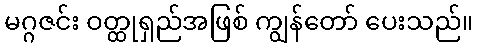
မဂ္ဂဇင်း ဝတ္ထုရှည်အဖြစ် ကျွန်တော် ပေးသည်။